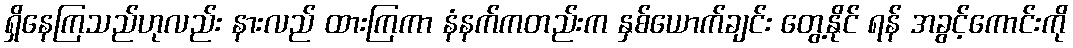
ရှိနေကြသည်ဟုလည်း နားလည် ထားကြကာ နံနက်ကတည်းက နှစ်ယောက်ချင်း တွေ့နိုင် ရန် အခွင့်ကောင်းကို